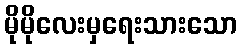
မိုမိုလေးမှရေးသားသော